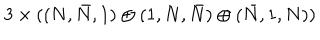
3 \times ( ( N , \bar { N } , 1 ) \oplus ( 1 , N , \bar { N } ) \oplus ( \bar { N } , 1 , N ) )